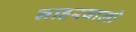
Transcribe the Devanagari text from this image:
नाहरवाली